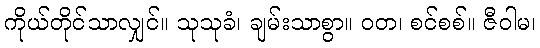
ကိုယ်တိုင်သာလျှင်။ သုသုခံ၊ ချမ်းသာစွာ။ ဝတ၊ စင်စစ်။ ဇီဝါမ၊